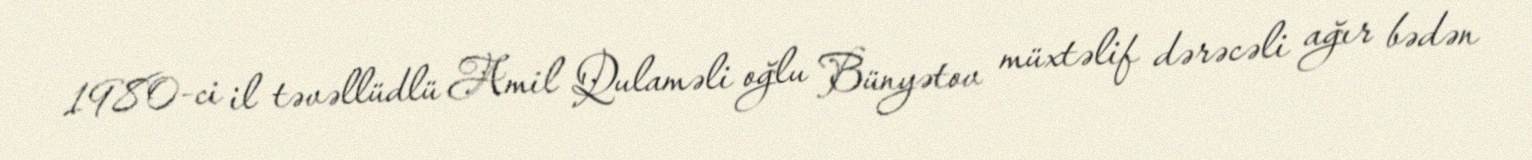
1980-ci il təvəllüdlü Amil Qulaməli oğlu Bünyətov müxtəlif dərəcəli ağır bədən